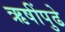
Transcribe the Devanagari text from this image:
ऋषींपुढे